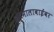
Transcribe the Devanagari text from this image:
जयमालाबाईंवर